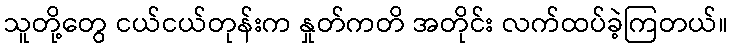
သူတို့တွေ ငယ်ငယ်တုန်းက နှုတ်ကတိ အတိုင်း လက်ထပ်ခဲ့ကြတယ်။